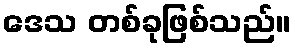
ဒေသ တစ်ခုဖြစ်သည်။